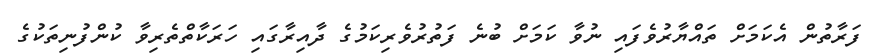
ފަރާތުން އެކަމަށް ތައްޔާރުވެފައި ނުވާ ކަމަށް ބުނެ ފަތުރުވެރިކަމުގެ ދާއިރާގައި ހަރަކާތްތެރިވާ ކުންފުނިތަކުގެ